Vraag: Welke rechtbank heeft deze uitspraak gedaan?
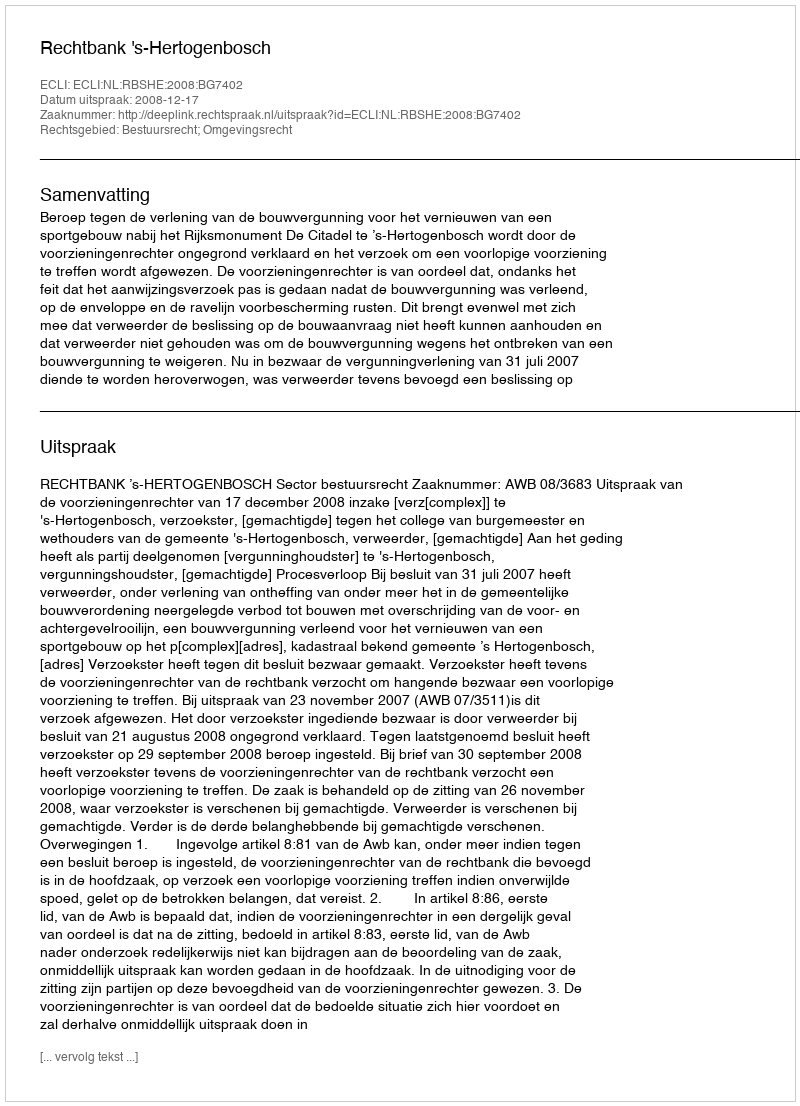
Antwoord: Rechtbank 's-Hertogenbosch